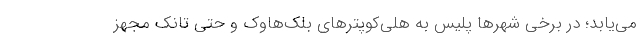
می‌یابد؛ در برخی شهرها پلیس به هلی‌کوپترهای بلک‌هاوک و حتی‌ تانک مجهز